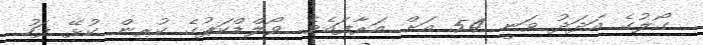
ގޯލުގެ އަދަދު ވަނީ 54 އަށް އަރާފައެވެ. ވޯލްޑްކަޕުގެ ކުރިން ކުޅޭ ފަހު